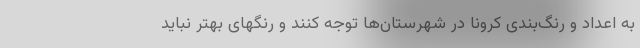
به اعداد و رنگ‌بندی کرونا در شهرستان‌ها توجه کنند و رنگهای بهتر نباید